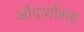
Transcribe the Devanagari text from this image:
औदार्यासह